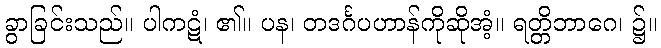
ခွာခြင်းသည်။ ပါကဋံ၊ ၏။ ပန၊ တဒင်္ဂပဟာန်ကိုဆိုအံ့။ ရတ္တိဘာဂေ၊ ၌။